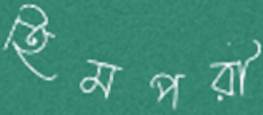
হিমপরী